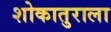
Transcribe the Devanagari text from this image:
शोकातुराला